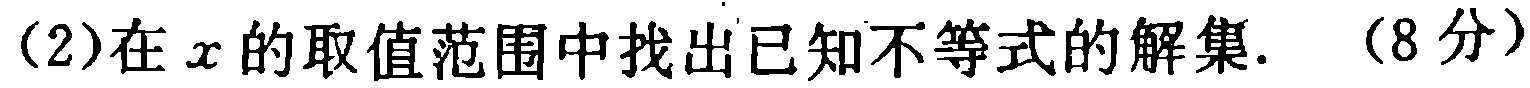
(2)在\(x\)的取值范围中找出已知不等式的解集. （8分）